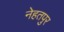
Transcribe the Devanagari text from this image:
नेहतपुर